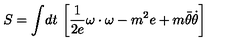
S = \int \! d t \ \biggl [ { \frac { 1 } { 2 e } } \omega \cdot \omega - m ^ { 2 } e + m \bar { \theta } { \dot { \theta } } \biggr ]